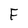
Character: F